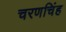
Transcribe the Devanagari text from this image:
चरणचिंह